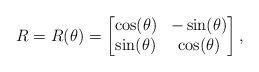
LaTeX: \begin{align*} R = R(\theta) = \begin{bmatrix} \cos(\theta) & -\sin(\theta) \\ \sin(\theta) & \cos(\theta) \end{bmatrix},\end{align*}